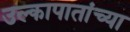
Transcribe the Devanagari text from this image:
उल्कापातांच्या